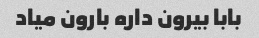
بابا بیرون داره بارون میاد